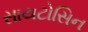
સાયટોસિન